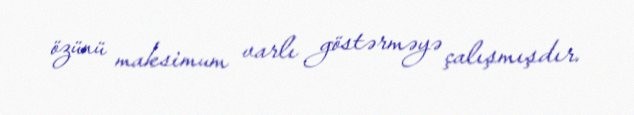
özünü maksimum varlı göstərməyə çalışmışdır.